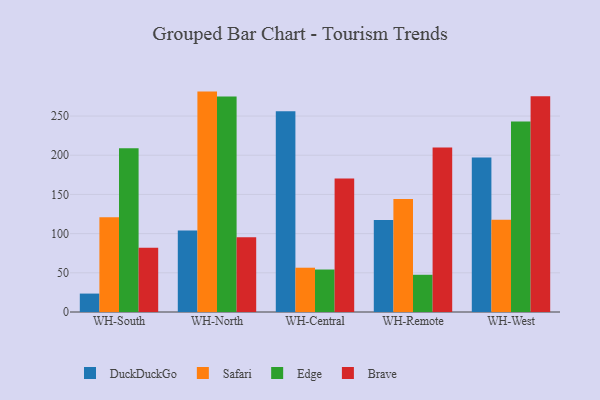
{"axis": {"x": "Warehouse", "y": "Waste Production (Tons)"}, "legend": ["Brave", "DuckDuckGo", "Edge", "Safari"], "data": [{"x": "WH-South", "y": 23.5, "type": "DuckDuckGo"}, {"x": "WH-South", "y": 121.0, "type": "Safari"}, {"x": "WH-South", "y": 208.9, "type": "Edge"}, {"x": "WH-South", "y": 82.1, "type": "Brave"}, {"x": "WH-North", "y": 104.1, "type": "DuckDuckGo"}, {"x": "WH-North", "y": 281.2, "type": "Safari"}, {"x": "WH-North", "y": 274.8, "type": "Edge"}, {"x": "WH-North", "y": 95.4, "type": "Brave"}, {"x": "WH-Central", "y": 256.1, "type": "DuckDuckGo"}, {"x": "WH-Central", "y": 56.5, "type": "Safari"}, {"x": "WH-Central", "y": 54.2, "type": "Edge"}, {"x": "WH-Central", "y": 170.3, "type": "Brave"}, {"x": "WH-Remote", "y": 117.5, "type": "DuckDuckGo"}, {"x": "WH-Remote", "y": 144.3, "type": "Safari"}, {"x": "WH-Remote", "y": 47.5, "type": "Edge"}, {"x": "WH-Remote", "y": 209.9, "type": "Brave"}, {"x": "WH-West", "y": 197.1, "type": "DuckDuckGo"}, {"x": "WH-West", "y": 117.8, "type": "Safari"}, {"x": "WH-West", "y": 243.2, "type": "Edge"}, {"x": "WH-West", "y": 275.3, "type": "Brave"}]}